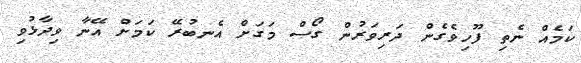
ކަމެއް ނެތި ފޫހިވެގެން ދަރިވަރުން ގޯސް މަގަށް އެނބުރޭ ކަމަށް އޭނާ ވިދާޅުވި